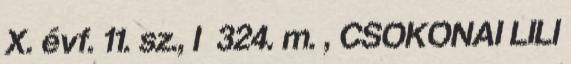
X. évf. 11. sz., I 324. m. , CSOKONAI LILI